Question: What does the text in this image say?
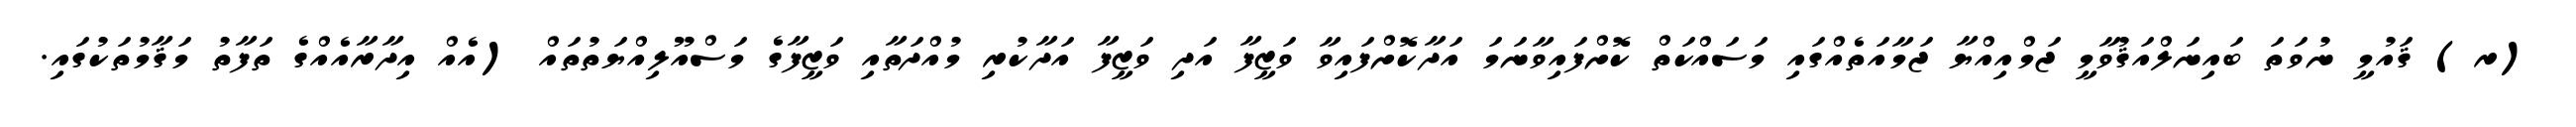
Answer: (ރ) ޤައުމީ ނުވަތަ ބައިނަލްއަޤުވާމީ ޖަމްއިއްޔާ ޖަމާއަތެއްގައި މަސައްކަތް ކޮށްފައިވާނަމަ އަދާކޮށްފައިވާ ވަޒީފާ އަދި ވަޒީފާ އަދާކުރި މުއްދަތާއި ވަޒީފާގެ މަސްއޫލިއްޔަތުތައް (އެއް އިދާރާއެއްގެ ތަފާތު މަޤާމުތަކުގައި.